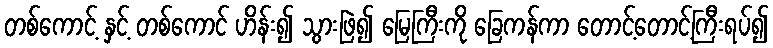
တစ်ကောင့် နှင့် တစ်ကောင် ဟိန်း၍ သွားဖြဲ၍ မြေကြီးကို ခြေကန်ကာ တောင့်တောင့်ကြီးရပ်၍